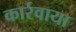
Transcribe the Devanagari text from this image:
कार्रवाया